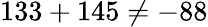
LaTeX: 133+145\neq-88